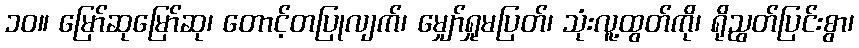
၁၀။ မြော်ဆုမြော်ဆု၊ တောင့်တပြုလျက်၊ မျှော်ရှုမပြတ်၊ သုံးလူ့ထွတ်ကို၊ ရိုညွတ်ပြင်းစွာ၊